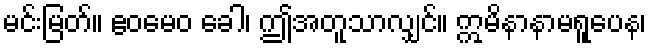
မင်းမြတ်။ ဧဝမေဝ ခေါ၊ ဤအတူသာလျှင်။ ဣမိနာနာမရူပေန၊